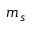
m _ { s }